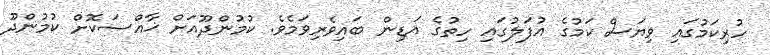
ހުރިކަމުގައި ވިޔަސް ކަމުގެ އުފަލުގައި ހިތުގެ އަޑިން ބައިވެރިވަމެވެ. ކުމުންދޫއަށް ޚާއްޞަކޮށް ކުމުންދޫ